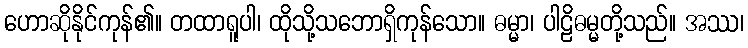
ဟောဆိုနိုင်ကုန်၏။ တထာရူပါ၊ ထိုသို့သဘောရှိကုန်သော။ ဓမ္မာ၊ ပါဠိဓမ္မတို့သည်။ အဿ၊